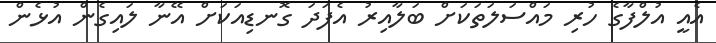
އެއީ އުލްފާގެ ހުރި މައްސަލަތަކަށް ބަލާއިރު އެފަދަ ގޮނޑިއަކަށް އޭނާ ލައިގެން އުޅެން